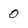
Character: 0